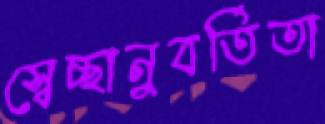
স্বেচ্ছানুবর্তিতা